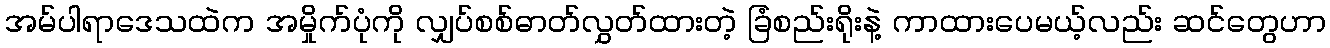
အမ်ပါရာဒေသထဲက အမှိုက်ပုံကို လျှပ်စစ်ဓာတ်လွှတ်ထားတဲ့ ခြံစည်းရိုးနဲ့ ကာထားပေမယ့်လည်း ဆင်တွေဟာ